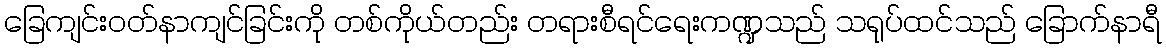
ခြေကျင်းဝတ်နာကျင်ခြင်းကို တစ်ကိုယ်တည်း တရားစီရင်ရေးကဏ္ဍသည် သရုပ်ထင်သည် ခြောက်နာရီ